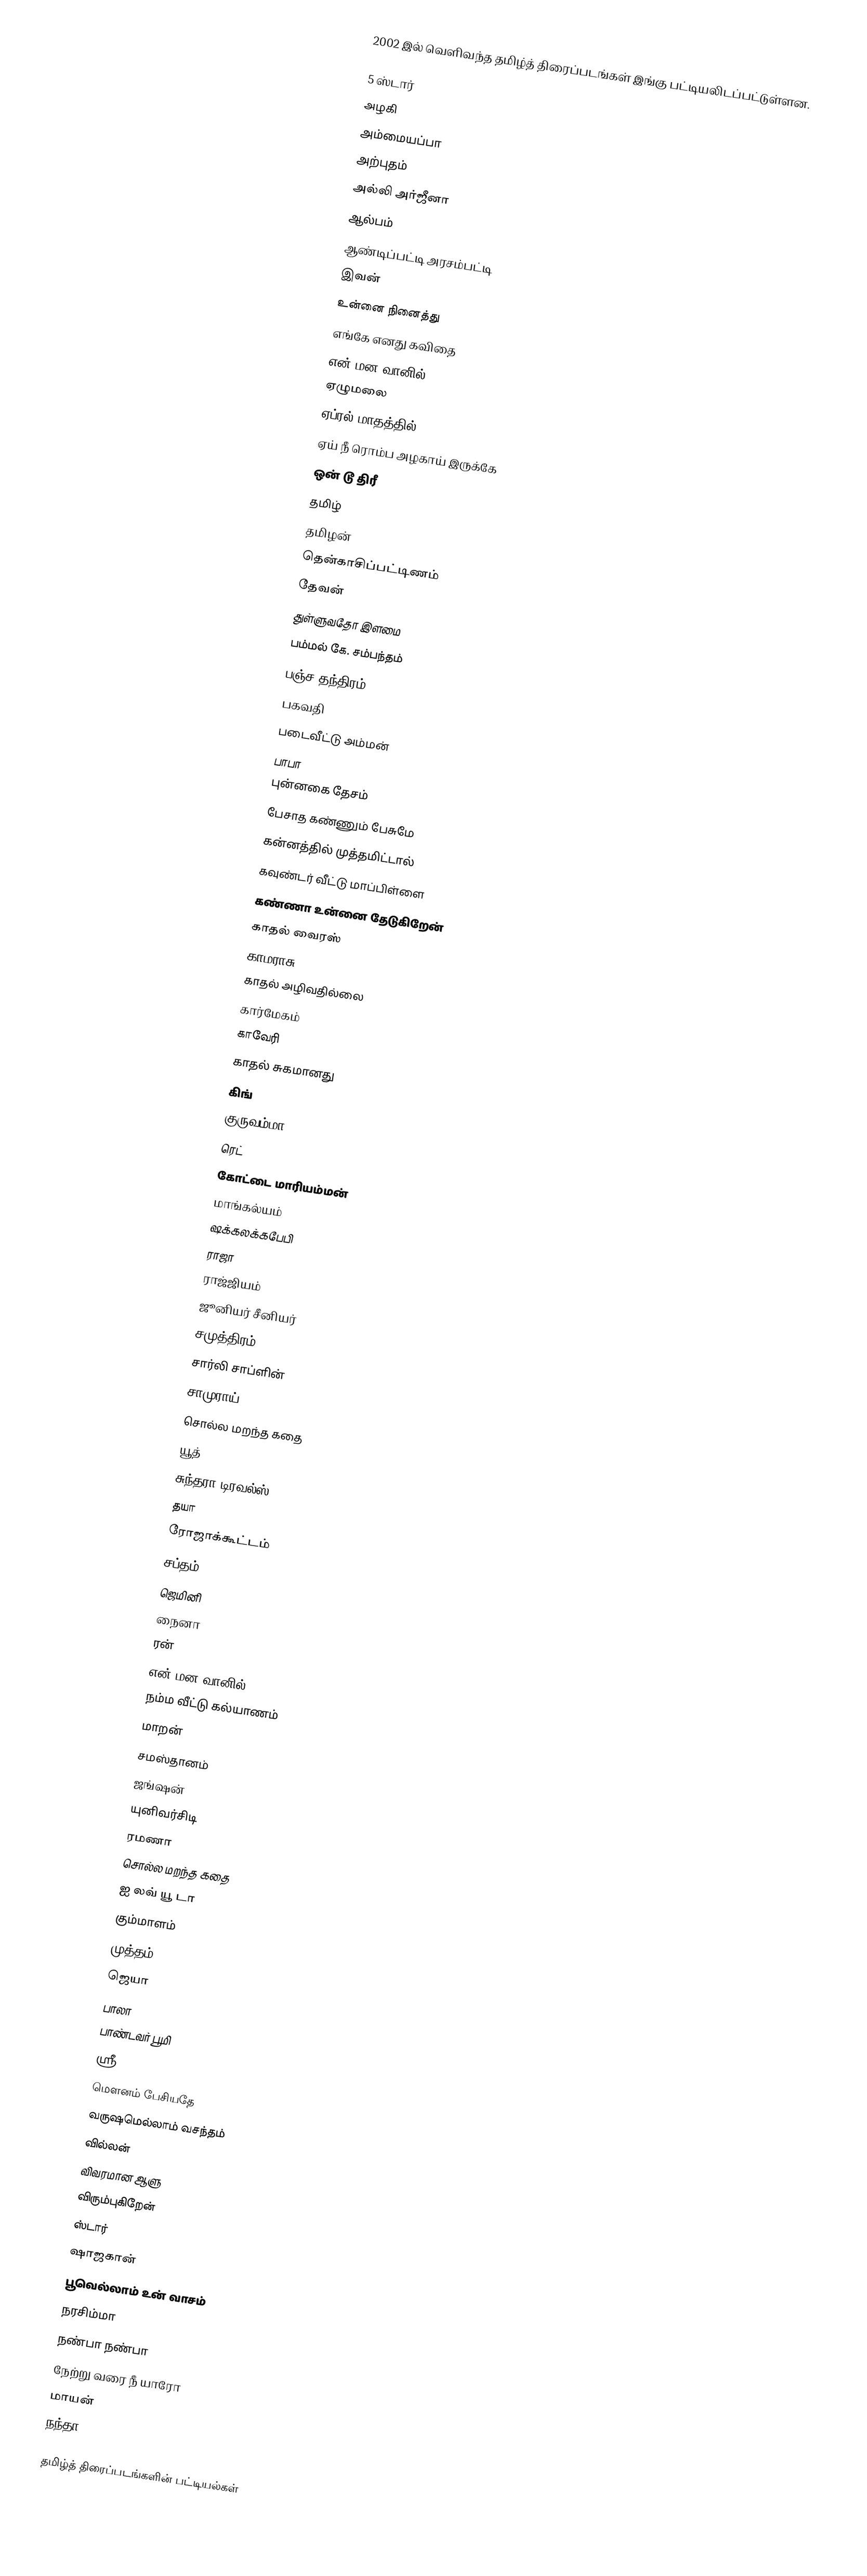
2002 இல் வெளிவந்த தமிழ்த் திரைப்படங்கள் இங்கு பட்டியலிடப்பட்டுள்ளன.

5 ஸ்டார்
அழகி
அம்மையப்பா
அற்புதம்
அல்லி அர்ஜீனா
ஆல்பம்
ஆண்டிப்பட்டி அரசம்பட்டி
இவன்
உன்னை நினைத்து
எங்கே எனது கவிதை
என் மன வானில்
ஏழுமலை
ஏப்ரல் மாதத்தில்
ஏய் நீ ரொம்ப அழகாய் இருக்கே
ஒன் டூ திரீ
தமிழ்
தமிழன்
தென்காசிப்பட்டிணம்
தேவன்
துள்ளுவதோ இளமை
பம்மல் கே. சம்பந்தம்
பஞ்ச தந்திரம்
பகவதி
படைவீட்டு அம்மன்
பாபா
புன்னகை தேசம்
பேசாத கண்ணும் பேசுமே
கன்னத்தில் முத்தமிட்டால்
கவுண்டர் வீட்டு மாப்பிள்ளை
கண்ணா உன்னை தேடுகிறேன்
காதல் வைரஸ்
காமராசு
காதல் அழிவதில்லை
கார்மேகம்
காவேரி
காதல் சுகமானது
கிங்
குருவம்மா
ரெட்
கோட்டை மாரியம்மன்
மாங்கல்யம்
ஷக்கலக்கபேபி
ராஜா
ராஜ்ஜியம்
ஜூனியர் சீனியர்
சமுத்திரம்
சார்லி சாப்ளின்
சாமுராய்
சொல்ல மறந்த கதை
யூத்
சுந்தரா டிரவல்ஸ்
தயா
ரோஜாக்கூட்டம்
சப்தம்
ஜெமினி
நைனா
ரன்
என் மன வானில்
நம்ம வீட்டு கல்யாணம்
மாறன்
சமஸ்தானம்
ஜங்ஷன்
யுனிவர்சிடி
ரமணா
சொல்ல மறந்த கதை
ஐ லவ் யூ டா
கும்மாளம்
முத்தம்
ஜெயா
பாலா
பாண்டவர் பூமி
ஸ்ரீ
மௌனம் பேசியதே
வருஷமெல்லாம் வசந்தம்
வில்லன்
விவரமான ஆளு
விரும்புகிறேன்
ஸ்டார்
ஷாஜகான்
பூவெல்லாம் உன் வாசம்
நரசிம்மா
நண்பா நண்பா
நேற்று வரை நீ யாரோ
மாயன்
நந்தா

தமிழ்த் திரைப்படங்களின் பட்டியல்கள்